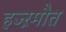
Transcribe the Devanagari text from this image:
हज्ऱमौत